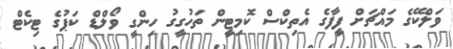
ވަލްކޭގެ މައްޗަށް ފީފާގެ އެތިކްސް ކޮމިޓީން ތަހުގީގު ހިންގީ ވޯލްޑް ކަޕުގެ ޓިކެޓް